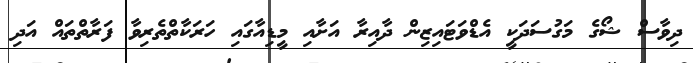
ދިވާސް ޝޯގެ މަގުސަދަކީ އެޑްވަޓައިޒިން ދާއިރާ އަށާއި މީޑިއާގައި ހަރަކާތްތެރިވާ ފަރާތްތައް އަދި